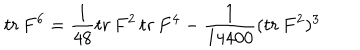
LaTeX: t r \, F ^ { 6 } = \frac { 1 } { 4 8 } t r \, F ^ { 2 } \, t r \, F ^ { 4 } - \frac { 1 } { 1 4 4 0 0 } ( t r \, F ^ { 2 } ) ^ { 3 }